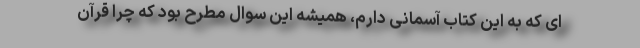
ای که به این کتاب آسمانی دارم، همیشه این سوال مطرح بود که چرا قرآن